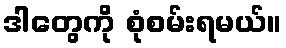
ဒါတွေကို စုံစမ်းရမယ်။